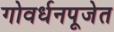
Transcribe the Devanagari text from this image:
गोवर्धनपूजेत